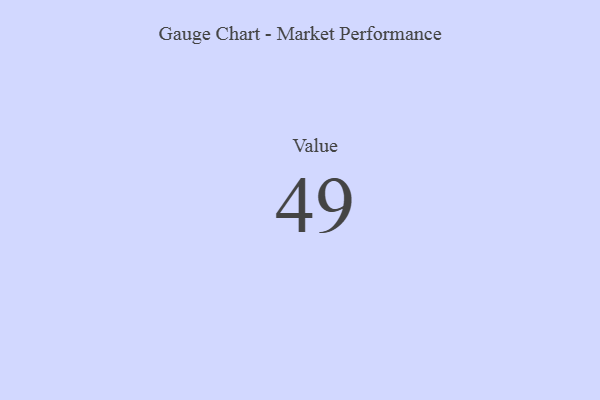
{"axis": {"x": "Metric", "y": "Value"}, "legend": [""], "data": [{"x": "Value", "y": 49, "type": ""}]}